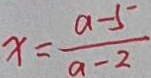
x = \frac { a - 5 } { a - 2 }